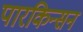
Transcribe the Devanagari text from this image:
पारकिन्सन